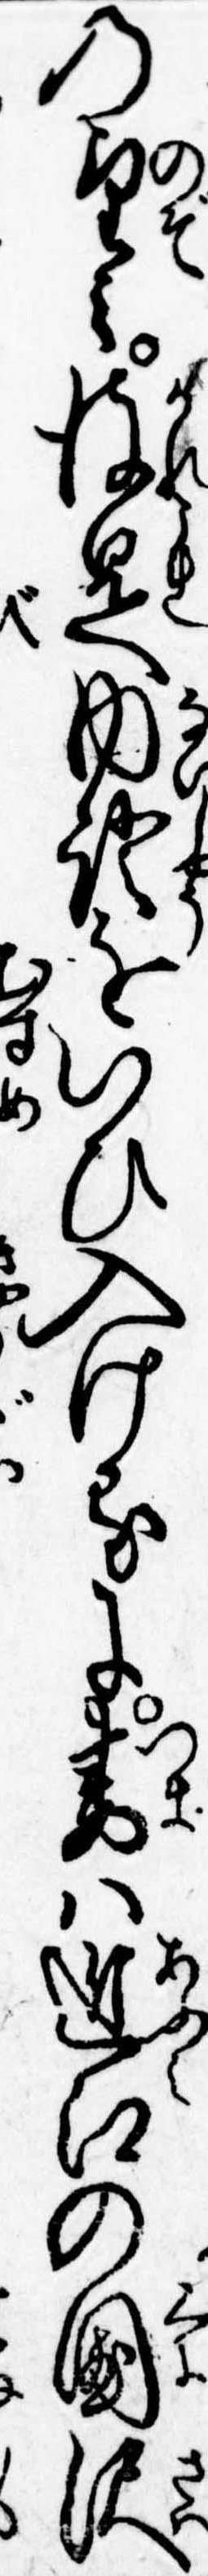
の望み彼是内証をいひ入けるに妻は近江の国沢